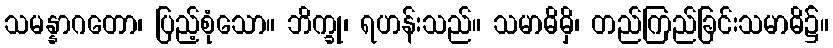
သမန္နာဂတော၊ ပြည့်စုံသော။ ဘိက္ခု၊ ရဟန်းသည်။ သမာဓိမှိ၊ တည်ကြည်ခြင်းသမာဓိ၌။